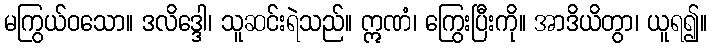
မကြွယ်ဝသော။ ဒလိဒ္ဒေါ၊ သူဆင်းရဲသည်။ ဣဏံ၊ ကြွေးပြီးကို။ အာဒိယိတွာ၊ ယူရ၍။